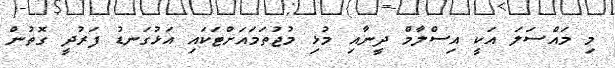
މި މައްސަލަ އަކީ އިސްލާމް ދީނާއި މުޅި މުޖުތަމައަށްޓަކައި އަޅުގަނޑު ފަރުދީ ގޮތުން